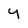
Character: y